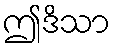
ဤဒိသာ